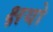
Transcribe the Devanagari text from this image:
क्षयो